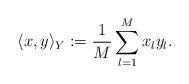
LaTeX: \begin{align*}\langle x, y \rangle_Y : = \frac{1}{M} \sum_{l =1}^M x_l y_l.\end{align*}